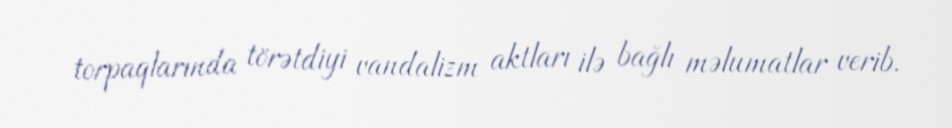
torpaqlarında törətdiyi vandalizm aktları ilə bağlı məlumatlar verib.